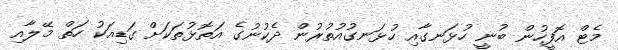
މެޓް އޮފީހުން ބުނީ ހުޅަނގާއި ހުޅަނގުއުތުރުން ދެކުނުގެ އަތޮޅުތަކަށް ގަޑިއަކު ހަތް މޭލާއި